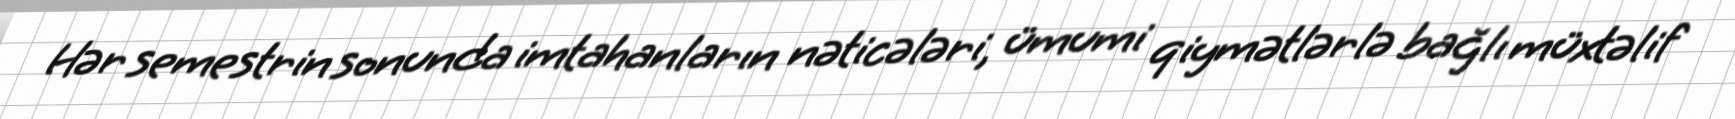
Hər semestrin sonunda imtahanların nəticələri, ümumi qiymətlərlə bağlı müxtəlif